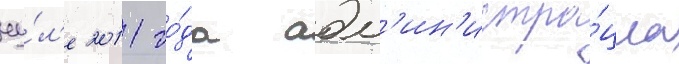
иу́л'е 2011 го́да адм'ин'истра́циа